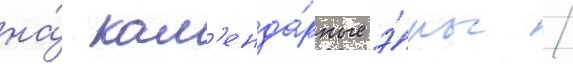
на́ кал'енда́рные э́ры /